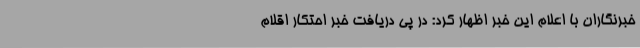
خبرنگاران با اعلام این خبر اظهار کرد: در پی دریافت خبر احتکار اقلام